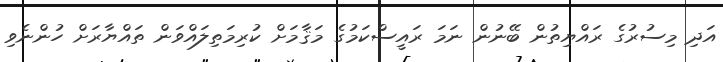
އަދި މިސުރުގެ ރައްޔިތުން ބޭނުން ނަމަ ރައީސްކަމުގެ މަޤާމަށް ކުރިމަތިލައްވަން ތައްޔާރަށް ހުންނެވި